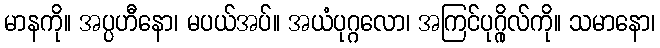
မာနကို။ အပ္ပဟီနော၊ မပယ်အပ်။ အယံပုဂ္ဂလော၊ အကြင်ပုဂ္ဂိုလ်ကို။ သမာနော၊